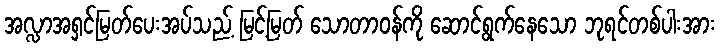
အလ္လာအရှင်မြတ်ပေးအပ်သည့် မြင့်မြတ် သောတာဝန်ကို ဆောင်ရွက်နေသော ဘုရင်တစ်ပါးအား